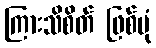
ကြားသိစိတ် ဖြစ်ပုံ